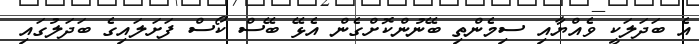
އެ ބަދަލަކީ ވެއްޔާއި ސިމެންތި ބޭނުންކޮށްގެން އެޅޭ ބޭސް ކޯސް ފަށަލައިގެ ބަދަލުގައި